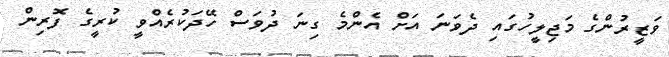
ވަޒީރުންގެ މަޖިލީހުގައި ދެވަނަ އަށް އެންމެ ގިނަ ދުވަސް ހޭދަކުރެއްވީ ކުރީގެ ފޮރިން